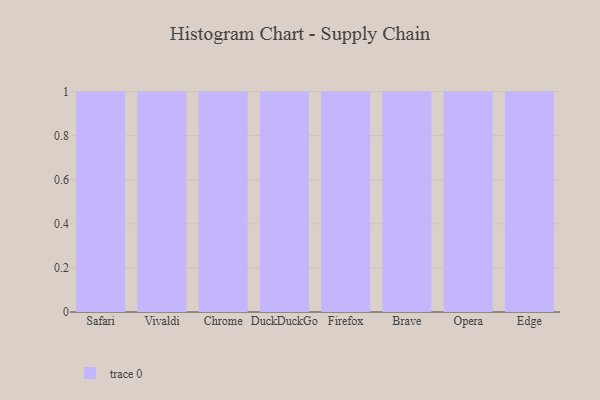
{"axis": {"x": "Browser", "y": "Latency (ms)"}, "legend": [""], "data": [{"x": "Safari", "y": 30, "type": ""}, {"x": "Vivaldi", "y": 86, "type": ""}, {"x": "Chrome", "y": 94, "type": ""}, {"x": "DuckDuckGo", "y": 8, "type": ""}, {"x": "Firefox", "y": 37, "type": ""}, {"x": "Brave", "y": 66, "type": ""}, {"x": "Opera", "y": 4, "type": ""}, {"x": "Edge", "y": 77, "type": ""}]}